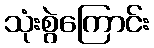
သုံးစွဲကြောင်း